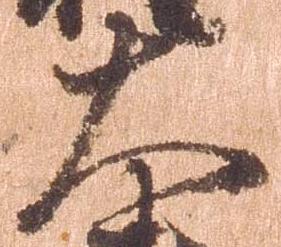
大